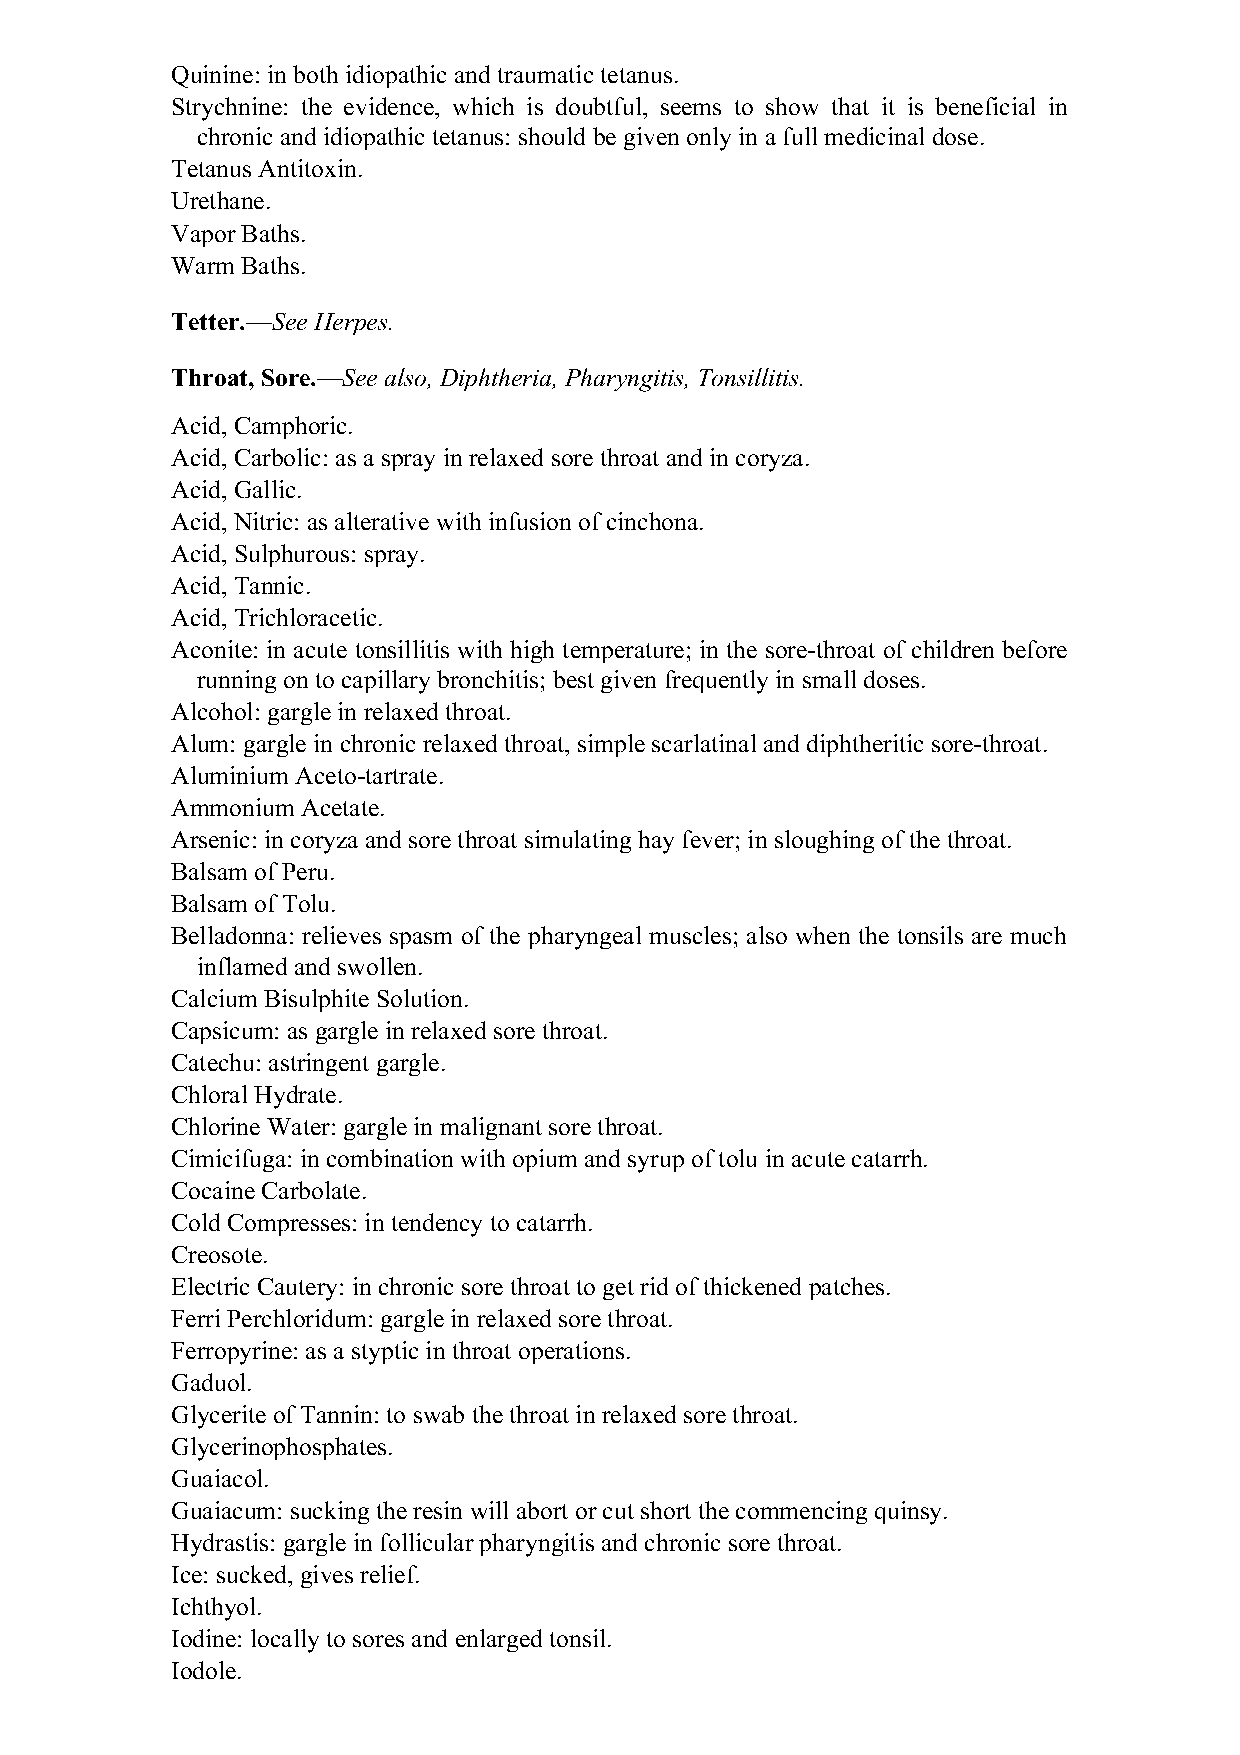
Quinine: in both idiopathic and traumatic tetanus.
 Strychnine: the evidence, which is doubtful, seems to show that it is beneficial in
 chronic and idiopathic tetanus: should be given only in a full medicinal dose.
 Tetanus Antitoxin.
 Urethane.
 Vapor Baths.
 Warm Baths.
 Tetter.—See Herpes.
 Throat, Sore.—See also, Diphtheria, Pharyngitis, Tonsillitis.
 Acid, Camphoric.
 Acid, Carbolic: as a spray in relaxed sore throat and in coryza.
 Acid, Gallic.
 Acid, Nitric: as alterative with infusion of cinchona.
 Acid, Sulphurous: spray.
 Acid, Tannic.
 Acid, Trichloracetic.
 Aconite: in acute tonsillitis with high temperature; in the sore-throat of children before
 running on to capillary bronchitis; best given frequently in small doses.
 Alcohol: gargle in relaxed throat.
 Alum: gargle in chronic relaxed throat, simple scarlatinal and diphtheritic sore-throat.
 Aluminium Aceto-tartrate.
 Ammonium Acetate.
 Arsenic: in coryza and sore throat simulating hay fever; in sloughing of the throat.
 Balsam of Peru.
 Balsam of Tolu.
 Belladonna: relieves spasm of the pharyngeal muscles; also when the tonsils are much
 inflamed and swollen.
 Calcium Bisulphite Solution.
 Capsicum: as gargle in relaxed sore throat.
 Catechu: astringent gargle.
 Chloral Hydrate.
 Chlorine Water: gargle in malignant sore throat.
 Cimicifuga: in combination with opium and syrup of tolu in acute catarrh.
 Cocaine Carbolate.
 Cold Compresses: in tendency to catarrh.
 Creosote.
 Electric Cautery: in chronic sore throat to get rid of thickened patches.
 Ferri Perchloridum: gargle in relaxed sore throat.
 Ferropyrine: as a styptic in throat operations.
 Gaduol.
 Glycerite of Tannin: to swab the throat in relaxed sore throat.
 Glycerinophosphates.
 Guaiacol.
 Guaiacum: sucking the resin will abort or cut short the commencing quinsy.
 Hydrastis: gargle in follicular pharyngitis and chronic sore throat.
 Ice: sucked, gives relief.
 Ichthyol.
 Iodine: locally to sores and enlarged tonsil.
 Iodole.